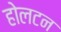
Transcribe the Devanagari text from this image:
होलटन